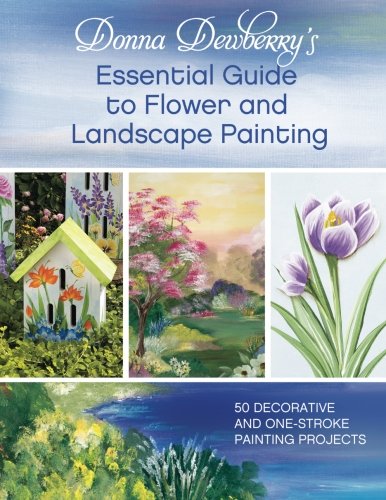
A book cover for Donna Dewberry's Essential Guide to Flower and Landscape Painting: 50 Decorative and One-Stroke Painting Projects; Donna Dewberry; Arts & Photography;